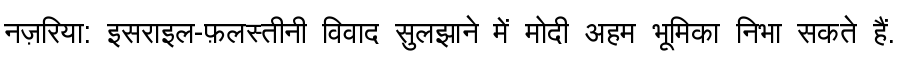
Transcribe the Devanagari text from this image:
नज़रिया: इसराइल-फ़लस्तीनी विवाद सुलझाने में मोदी अहम भूमिका निभा सकते हैं.